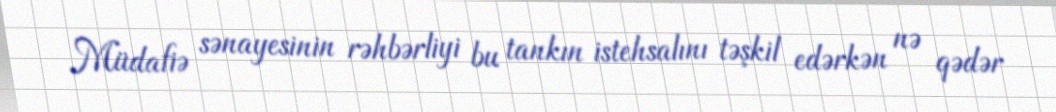
Müdafiə sənayesinin rəhbərliyi bu tankın istehsalını təşkil edərkən nə qədər